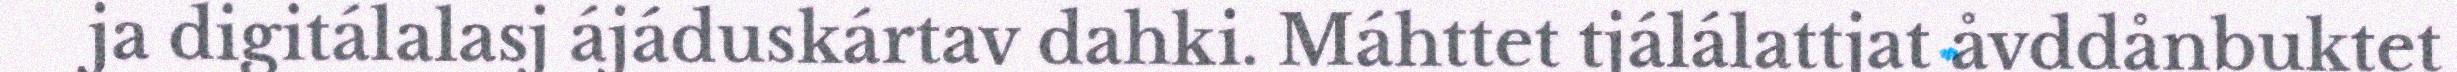
ja digitálalasj ájáduskártav dahki. Máhttet tjálálattjat åvddånbuktet